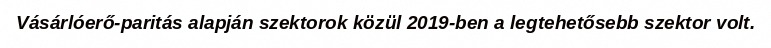
Vásárlóerő-paritás alapján szektorok közül 2019-ben a legtehetősebb szektor volt.